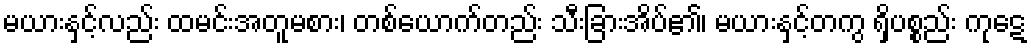
မယားနှင့်လည်း ထမင်းအတူမစား၊ တစ်ယောက်တည်း သီးခြားအိပ်၏၊ မယားနှင့်တကွ ရှိပစ္စည်း ကုဋေ